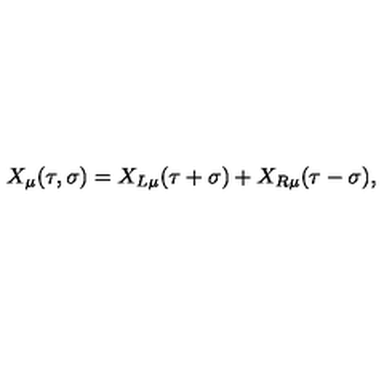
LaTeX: X _ { \mu } ( \tau , \sigma ) = X _ { L \mu } ( \tau + \sigma ) + X _ { R \mu } ( \tau - \sigma ) ,